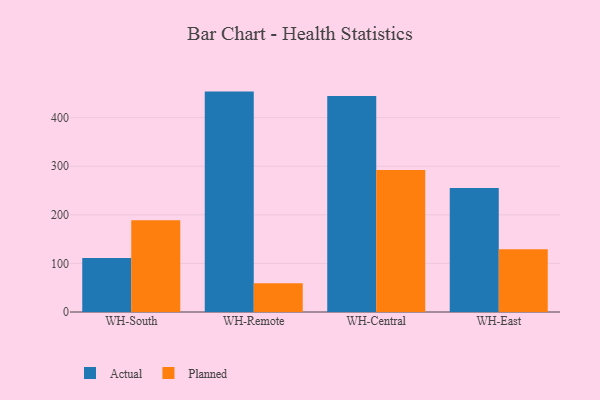
{"axis": {"x": "Warehouse", "y": "Backlog"}, "legend": ["Actual", "Planned"], "data": [{"x": "WH-South", "y": 111.3, "type": "Actual"}, {"x": "WH-South", "y": 188.8, "type": "Planned"}, {"x": "WH-Remote", "y": 453.7, "type": "Actual"}, {"x": "WH-Remote", "y": 59.4, "type": "Planned"}, {"x": "WH-Central", "y": 444.5, "type": "Actual"}, {"x": "WH-Central", "y": 292.4, "type": "Planned"}, {"x": "WH-East", "y": 255.1, "type": "Actual"}, {"x": "WH-East", "y": 129.1, "type": "Planned"}]}